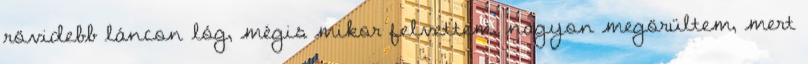
rövidebb láncon lóg, mégis mikor felvettem, nagyon megörültem, mert